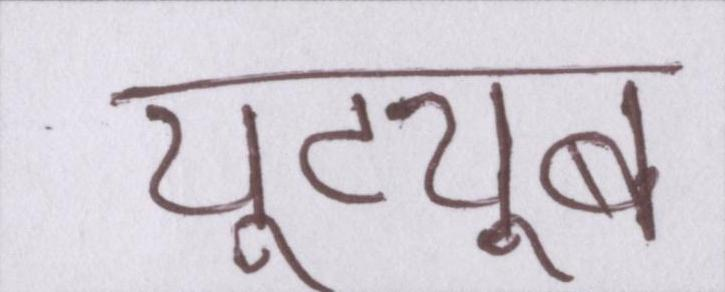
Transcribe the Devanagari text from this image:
यूट्यूब